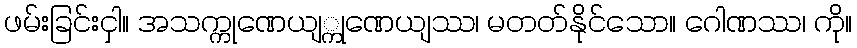
ဖမ်းခြင်းငှါ။ အသက္ကုဏေယျ္ကုဏေယျဿ၊ မတတ်နိုင်သော။ ဂေါဏဿ၊ ကို။